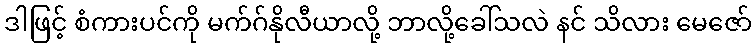
ဒါဖြင့် စံကားပင်ကို မက်ဂ်နိုလီယာလို့ ဘာလို့ခေါ်သလဲ နင် သိလား မေဇော်